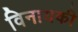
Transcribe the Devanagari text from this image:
विनायकी